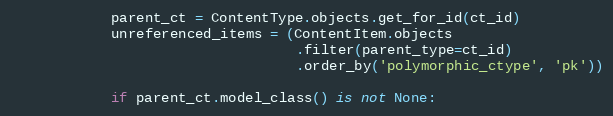
Language: Python
            parent_ct = ContentType.objects.get_for_id(ct_id)
            unreferenced_items = (ContentItem.objects
                                  .filter(parent_type=ct_id)
                                  .order_by('polymorphic_ctype', 'pk'))

            if parent_ct.model_class() is not None: